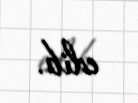
edib.